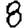
Digit: 8